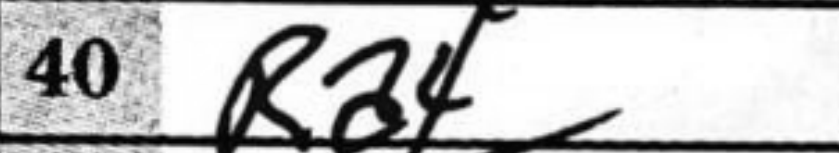
Transcription: Ra4